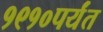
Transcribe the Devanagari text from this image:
१९१०पर्यंत